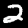
Digit: 2